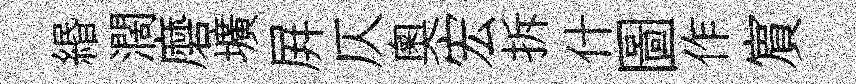
緡濶磨壙屛仄奥宏拆什圖作賔